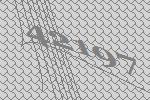
42197